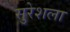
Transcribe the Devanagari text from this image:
सुरेशला